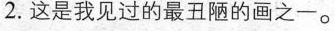
2.这是我见过的最丑陋的画之一。